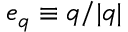
\boldsymbol { e } _ { \boldsymbol { q } } \equiv \boldsymbol { q } / | { \boldsymbol q } |